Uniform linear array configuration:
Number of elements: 24
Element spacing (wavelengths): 0.25
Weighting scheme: cosine
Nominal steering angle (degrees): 30
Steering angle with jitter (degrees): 30.478
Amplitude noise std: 0.05
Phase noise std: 0.05

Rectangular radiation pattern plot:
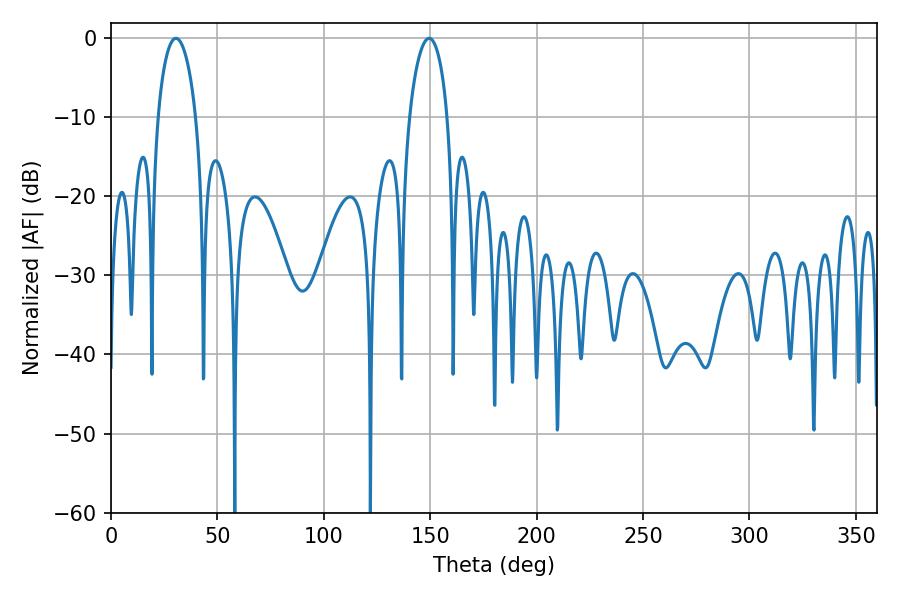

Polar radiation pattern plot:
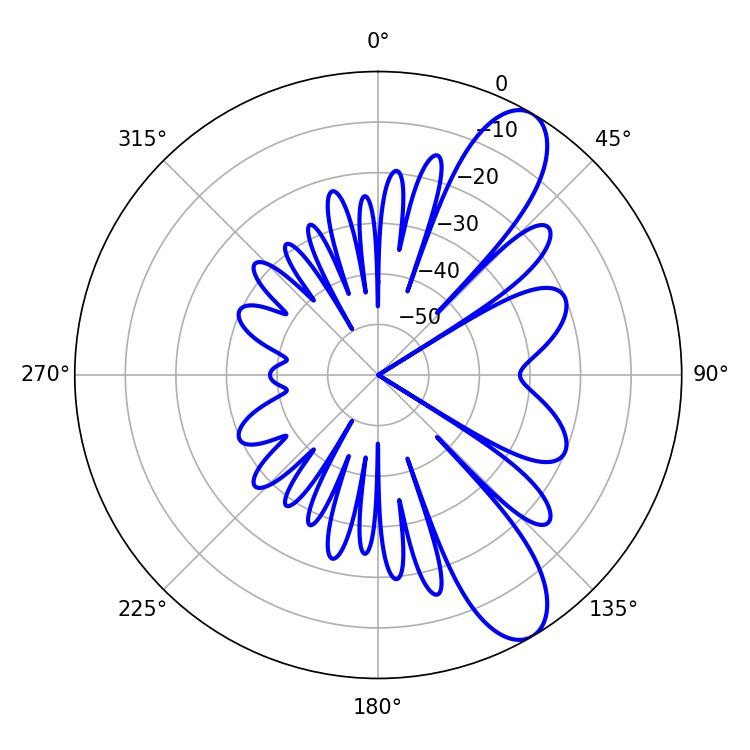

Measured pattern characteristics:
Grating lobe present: FALSE
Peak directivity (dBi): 10.01
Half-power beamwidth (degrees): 10.26
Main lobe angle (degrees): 30.6